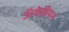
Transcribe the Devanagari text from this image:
अॅकेडियन